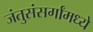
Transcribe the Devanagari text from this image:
जंतुसंसर्गांमध्ये